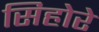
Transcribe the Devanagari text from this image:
सिहोरे